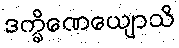
ဒက္ခိဏေယျောသိ